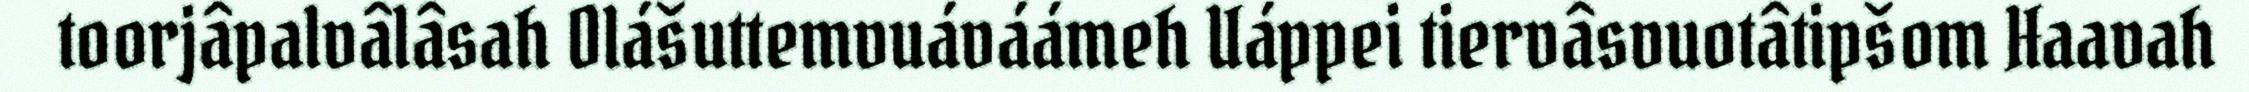
toorjâpalvâlâsah Olášuttemvuáváámeh Uáppei tiervâsvuotâtipšom Haavah